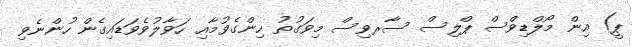
ޕީ) އިން މޯލްޑިވްސް ޕްލިސް ސާރވިސް މިވަގުތު ހިންގެވުމާއި ހަވާލުވެވަޑައިގެން ހުންނެވި